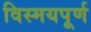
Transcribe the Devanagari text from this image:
विस्मयपूर्ण